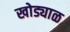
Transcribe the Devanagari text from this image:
खोड्याळ